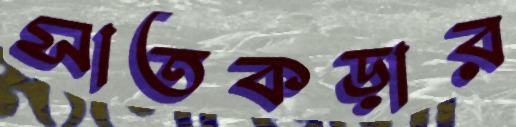
সাতকড়ার